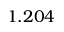
1 . 2 0 4